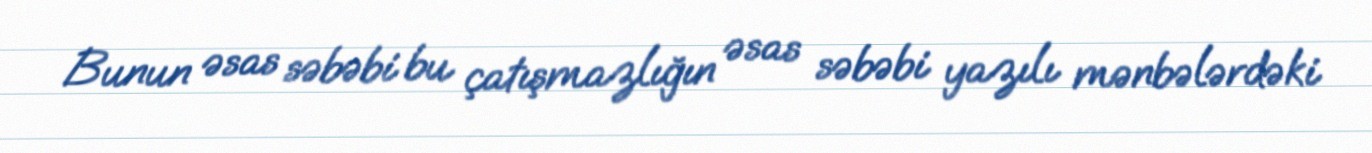
Bunun əsas səbəbi bu çatışmazlığın əsas səbəbi yazılı mənbələrdəki